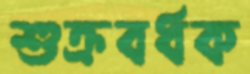
শুক্রবর্ধক